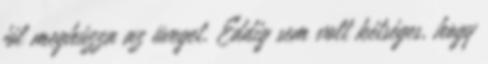
jól meghúzza az üveget. Eddig sem volt kétséges, hogy